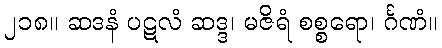
၂၁၈။ ဆဒနံ ပဋလံ ဆဒ္ဒ၊ မဇိရံ စစ္စရော၊ င်္ဂဏံ။